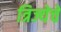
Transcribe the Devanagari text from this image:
त्रिज्येचे